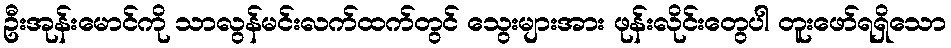
ဦးအုန်းမောင်ကို သာလွန်မင်းလက်ထက်တွင် သွေးများအား ဖုန်းလိုင်းတွေပါ တူးဖော်ရရှိသော